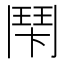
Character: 𩰍